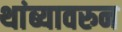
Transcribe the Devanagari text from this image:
थांब्यावरुन